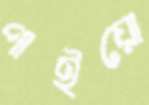
পাইয়ো